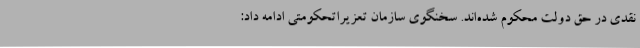
نقدی در حق دولت محکوم شده‌اند. سخنگوی سازمان تعزیراتحکومتی ادامه داد: